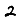
Digit: 2